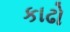
કાઢો